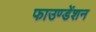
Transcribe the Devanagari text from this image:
फाउण्डेंशन